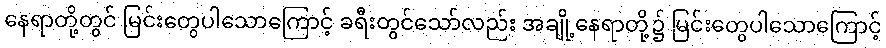
နေရာတို့တွင် မြင်းတွေပါသောကြောင့် ခရီးတွင်သော်လည်း အချို့နေရာတို့၌ မြင်းတွေပါသောကြောင့်